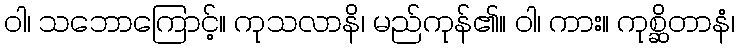
ဝါ၊ သဘောကြောင့်။ ကုသလာနိ၊ မည်ကုန်၏။ ဝါ၊ ကား။ ကုစ္ဆိတာနံ၊